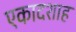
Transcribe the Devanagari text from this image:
एकादशाह